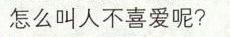
怎么叫人不喜爱呢？